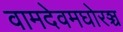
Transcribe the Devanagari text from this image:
वामदेवमघोरञ्च